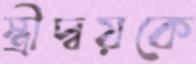
স্ত্রীদ্বয়কে